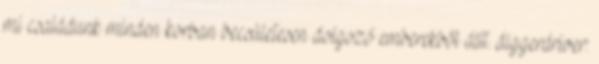
mi családunk minden korban becsületesen dolgozó emberekből állt. diggerdriver: